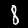
Digit: 8